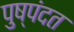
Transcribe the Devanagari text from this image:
पुष्पंदत